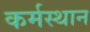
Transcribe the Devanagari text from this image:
कर्मस्थान